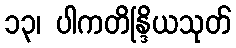
၁၃၊ ပါကတိန္ဒြိယသုတ်